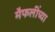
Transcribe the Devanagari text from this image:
मैफलींच्या